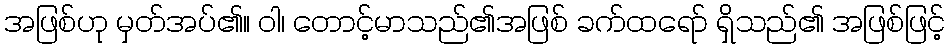
အဖြစ်ဟု မှတ်အပ်၏။ ဝါ၊ တောင့်မာသည်၏အဖြစ် ခက်ထရော် ရှိသည်၏ အဖြစ်ဖြင့်